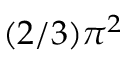
( 2 / 3 ) \pi ^ { 2 }